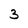
Character: 3